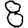
Digit: 8